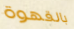
بالقهوة